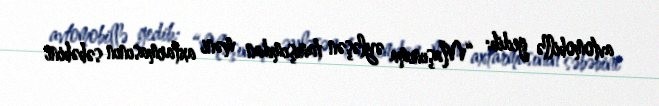
avtomobillə gedib: “Maşınıma əyləşən tanışımdan məni axtarmasının səbəbini